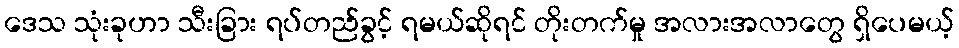
ဒေသ သုံးခုဟာ သီးခြား ရပ်တည်ခွင့် ရမယ်ဆိုရင် တိုးတက်မှု အလားအလာတွေ ရှိပေမယ့်